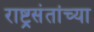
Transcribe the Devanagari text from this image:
राष्ट्रसंतांच्या